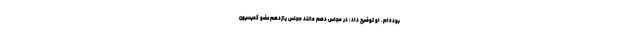
بوده‌ام. او توضیح داد: در مجلس دهم مانند مجلس یازدهم عضو کمیسیون